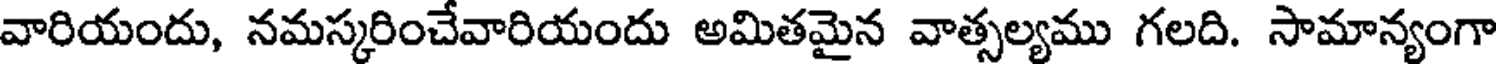
వారియందు, నమస్కరించేవారియందు అమితమైన వాత్సల్యము గలది. సామాన్యంగా